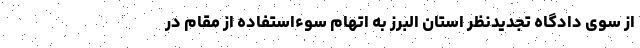
از سوی دادگاه تجدیدنظر استان البرز به اتهام سوءاستفاده از مقام در